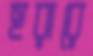
হরারে